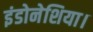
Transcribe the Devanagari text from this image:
इंडोनेशिया।